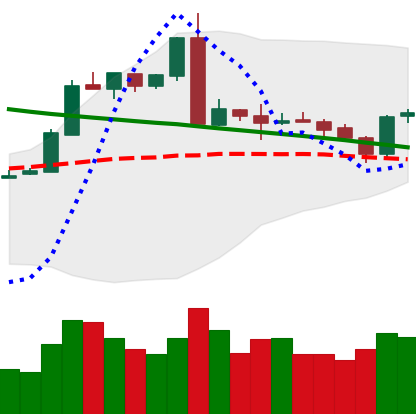
Ticker: ETH-USD
Chart end date: 2019-03-06
Forward return: -3.57%
Label: down_3_5